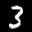
Label: 3